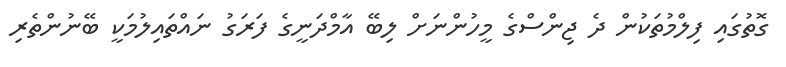
ގޮތުގައި ފިލްމުތަކުން ދެ ޖިންސްގެ މީހުންނަށް ލިބޭ އާމްދަނީގެ ފަރަގު ނައްތައިލުމަކީ ބޭނުންތެރި